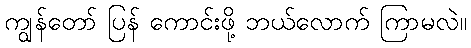
ကျွန်တော် ပြန် ကောင်းဖို့ ဘယ်လောက် ကြာမလဲ။